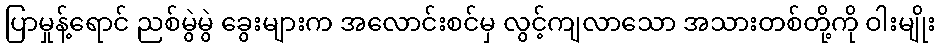
ပြာမှုန့်ရောင် ညစ်မွဲမွဲ ခွေးများက အလောင်းစင်မှ လွင့်ကျလာသော အသားတစ်တို့ကို ဝါးမျိုး